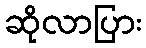
ဆိုလာပြား